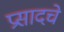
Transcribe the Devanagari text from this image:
प्रसादचे